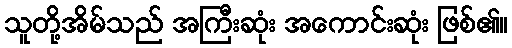
သူတို့အိမ်သည် အကြီးဆုံး အကောင်းဆုံး ဖြစ်၏။